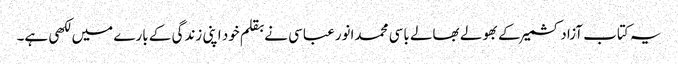
یہ کتاب آزادکشمیر کے بھولے بھالے باسی محمدانورعباسی نے بقلم خود اپنی زندگی کے بارے میں لکھی ہے۔